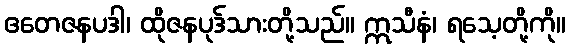
ဧတေဇနပဒါ၊ ထိုဇနပုဒ်သားတို့သည်။ ဣသီနံ၊ ရသေ့တို့ကို။